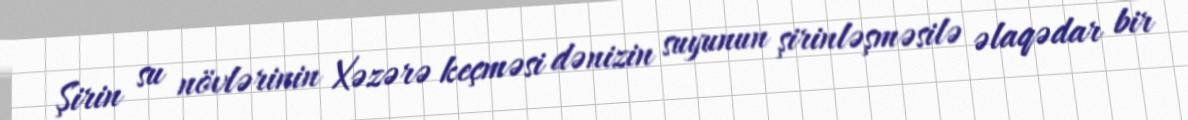
Şirin su növlərinin Xəzərə keçməsi dənizin suyunun şirinləşməsilə əlaqədar bir